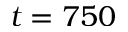
t = 7 5 0